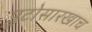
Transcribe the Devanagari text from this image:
प्लूटोसारखाच